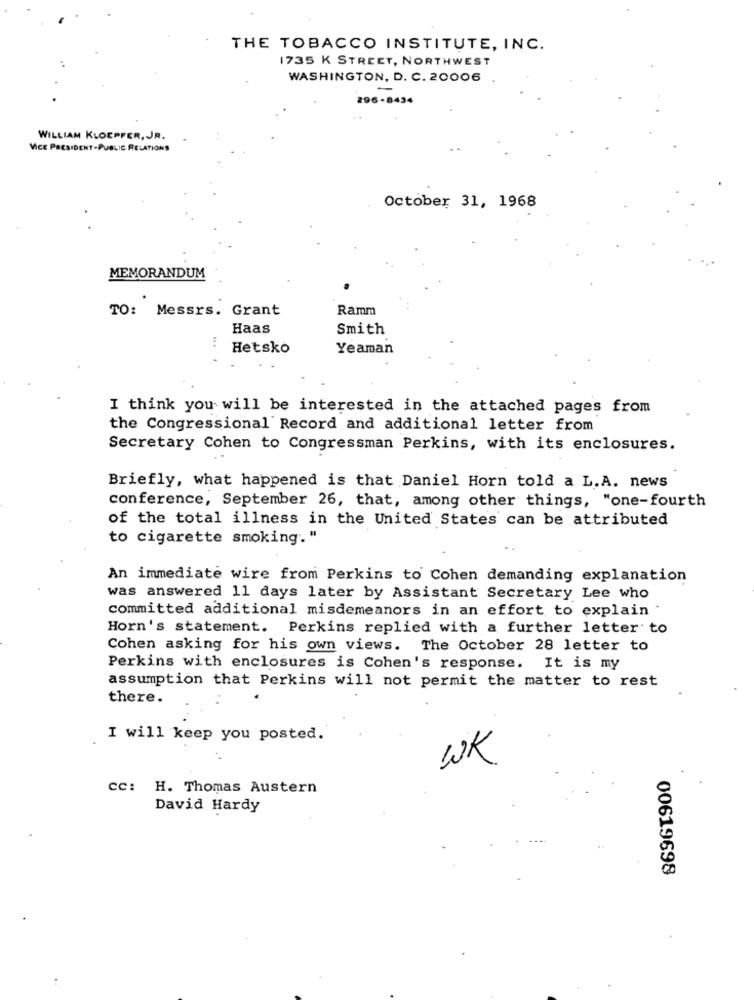
THE TOBACCO INSTITUTE, INC.
1735 K STREET, NORTHWEST
WASHINGTON, D. C. 20006
296-8434
WILLIAM KLOEPFER, JR.
VICE PRESIDENT-PUBLIC RELATIONS
October 31, 1968
MEMORANDUM
TO: Messrs. Grant
Ramm
Haas
Smith
Hetsko
Yeaman
I think you will be interested in the attached pages from
the Congressional Record and additional letter from
Secretary Cohen to Congressman Perkins, with its enclosures.
Briefly, what happened is that Daniel Horn told a L.A. news
conference, September 26, that, among other things, "one-fourth
of the total illness in the United States can be attributed
to cigarette smoking."
An immediate wire from Perkins to Cohen demanding explanation
was answered 11 days later by Assistant Secretary Lee who
committed additional misdemeanors in an effort to explain .
Horn's statement. Perkins replied with a further letter to
Cohen asking for his own views. The October 28 letter to
Perkins with enclosures is Cohen's response. It is my
assumption that Perkins will not permit the matter to rest
there.
I will keep you posted.
WK
cc: H. Thomas Austern
David Hardy
00619698